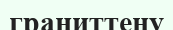
граниттену